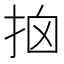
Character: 𢫥